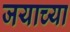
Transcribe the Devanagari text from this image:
जयाच्या